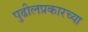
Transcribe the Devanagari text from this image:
पुढीलप्रकारच्या